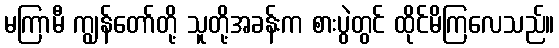
မကြာမီ ကျွန်တော်တို့ သူတို့အခန်းက စားပွဲတွင် ထိုင်မိကြလေသည်။